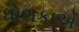
ધોળકાએ